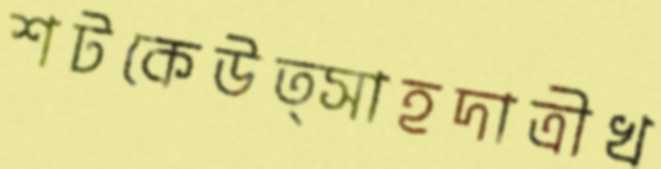
শটকেউত্সাহদাত্রীখ